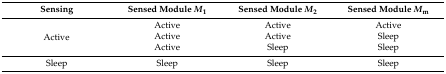
<table><thead><tr><td><b>Sensing</b></td><td><b>Sensed Module <i>M</i><sub>1</sub></b></td><td><b>Sensed Module <i>M</i><sub>2</sub></b></td><td><b>Sensed Module <i>M</i><sub>m</sub></b></td></tr></thead><tbody><tr><td rowspan="3">Active</td><td>Active</td><td>Active</td><td>Active</td></tr><tr><td>Active</td><td>Active</td><td>Sleep</td></tr><tr><td>Active</td><td>Sleep</td><td>Sleep</td></tr><tr><td>Sleep</td><td>Sleep</td><td>Sleep</td><td>Sleep</td></tr></tbody></table>